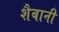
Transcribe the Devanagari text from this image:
शैबानी